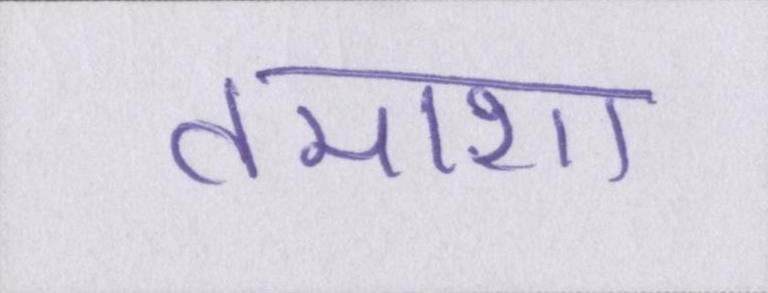
तमाशा